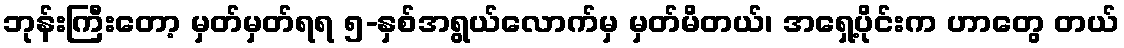
ဘုန်းကြီးတော့ မှတ်မှတ်ရရ ၅-နှစ်အရွယ်လောက်မှ မှတ်မိတယ်၊ အရှေ့ပိုင်းက ဟာတွေ တယ်